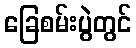
ခြေစမ်းပွဲတွင်